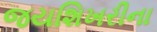
જયશિખરીના